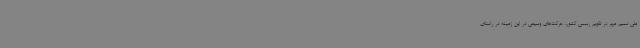
ملی نسیم مهر در تقویم رسمی کشور، حرکت‌های وسیعی در این زمینه در راستای